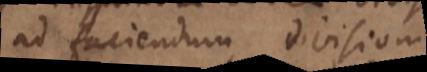
ad faciendum divisioni